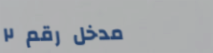
مدخل رقم ٢